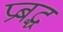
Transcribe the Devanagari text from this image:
प्रबद्ध